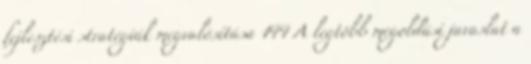
fejlesztési stratégiák megvalósítása 144 A legtöbb megoldási javaslat a